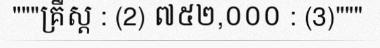
"""គ្រឹស្ត : (2) ៧៥២,០០០ : (3)"""